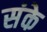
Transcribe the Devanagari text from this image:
संके